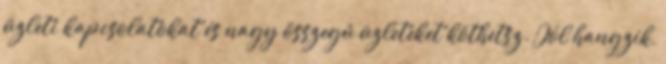
üzleti kapcsolatokat és nagy összegű üzleteket köthetsz. Jól hangzik,